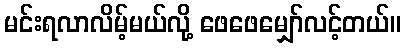
မင်းရလာလိမ့်မယ်လို့ ဖေဖေမျှော်လင့်တယ်။